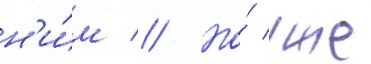
н'и́м // Но́ уже